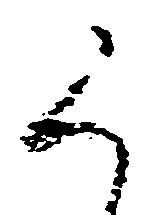
く